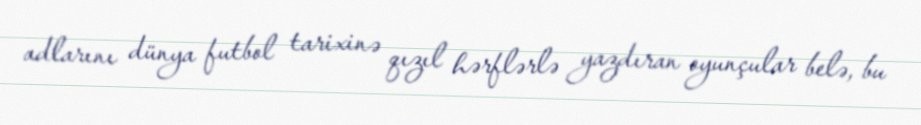
adlarını dünya futbol tarixinə qızıl hərflərlə yazdıran oyunçular belə, bu